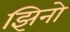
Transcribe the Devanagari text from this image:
झिनो